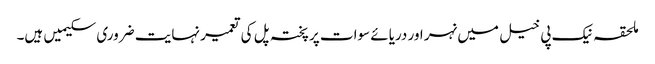
ملحقہ نیک پی خیل میں نہر اور دریائے سوات پر پختہ پل کی تعمیر نہایت ضروری سکیمیں ہیں۔